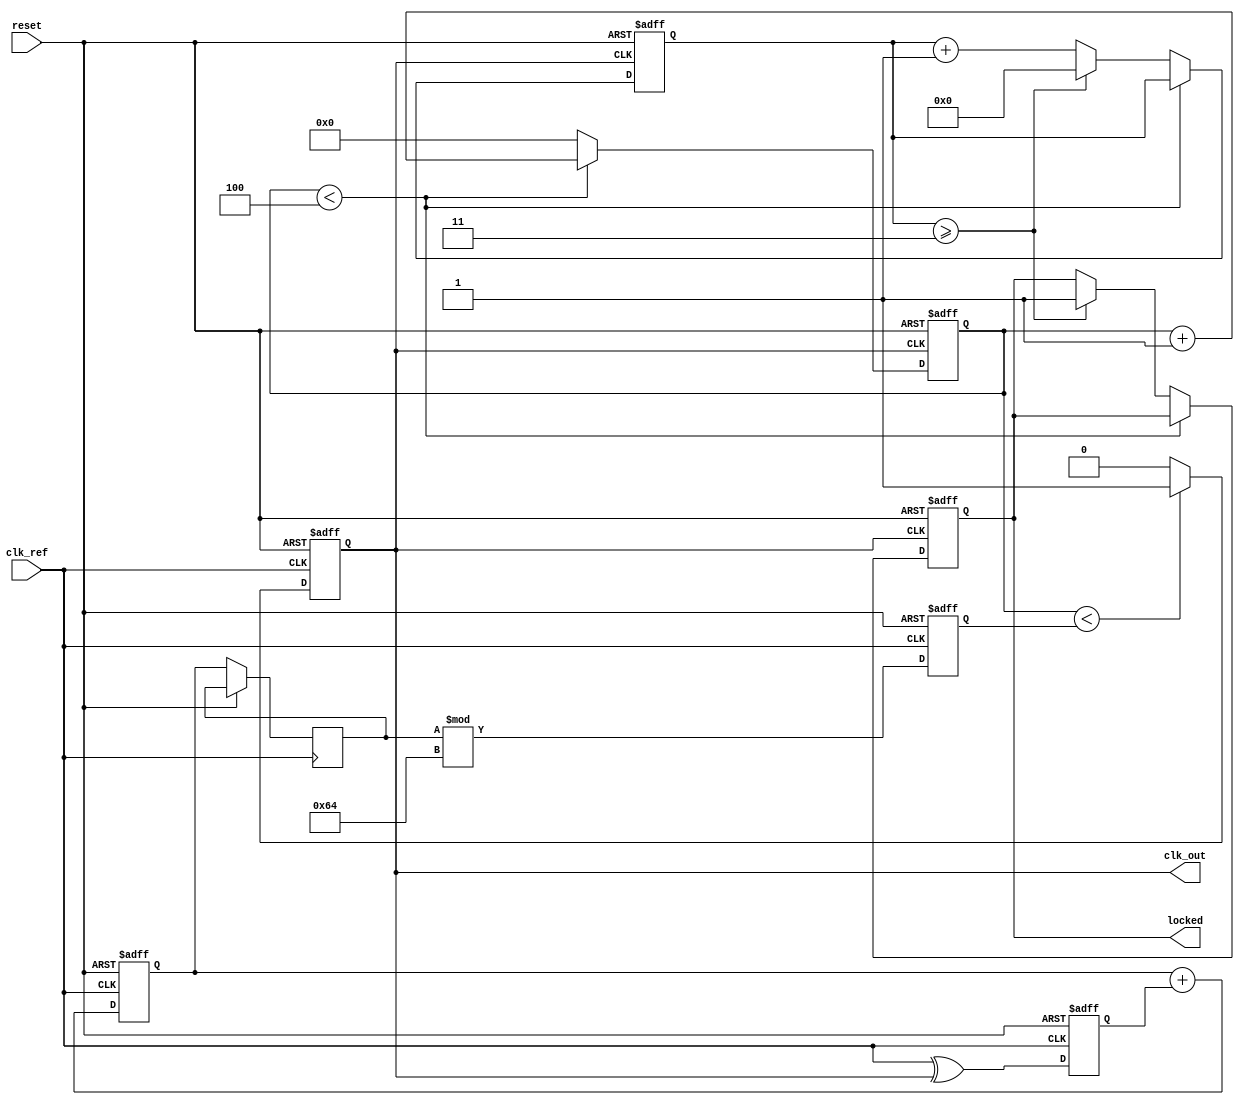
module frac_n_pll (
    input wire clk_ref,          // Reference clock input
    input wire reset,            // Reset signal
    output reg clk_out,          // Output clock
    output reg locked            // Lock indicator
);

    // Parameters for PLL
    parameter N_INT = 4;         // Integer division factor
    parameter N_FRAC = 3;        // Fractional division factor
    parameter N_FRAC_BITS = 8;   // Number of bits for fractional part
    parameter VCO_MAX_FREQ = 100; // Max VCO frequency (arbitrary units)
    
    // Internal signals
    reg [N_FRAC_BITS-1:0] frac_counter; // Counter for fractional division
    reg [N_FRAC_BITS-1:0] frac_div;      // Fractional division value
    reg [N_INT-1:0] int_counter;          // Integer division counter
    reg [31:0] vco_freq;                  // VCO frequency
    reg [31:0] control_voltage;           // Control voltage for VCO
    reg phase_error;                      // Phase error signal
    reg [31:0] loop_filter;               // Loop filter output

    // Phase Detector (simple XOR for demonstration)
    always @(posedge clk_ref or posedge reset) begin
        if (reset) begin
            phase_error <= 0;
        end else begin
            // Simulate phase detection logic (placeholder)
            phase_error <= (clk_ref ^ clk_out);
        end
    end

    // Loop Filter (simple integrator for demonstration)
    always @(posedge clk_ref or posedge reset) begin
        if (reset) begin
            loop_filter <= 0;
        end else begin
            loop_filter <= loop_filter + phase_error; // Simple integrator
        end
    end

    // Voltage-Controlled Oscillator (VCO)
    always @(posedge clk_ref or posedge reset) begin
        if (reset) begin
            vco_freq <= 0;
            clk_out <= 0;
        end else begin
            control_voltage <= loop_filter; // Control voltage from loop filter
            vco_freq <= control_voltage % VCO_MAX_FREQ; // Limit VCO frequency
            // Generate output clock based on VCO frequency
            clk_out <= (int_counter < vco_freq) ? 1 : 0;
        end
    end

    // Frequency Divider (Fractional-N logic)
    always @(posedge clk_out or posedge reset) begin
        if (reset) begin
            int_counter <= 0;
            frac_counter <= 0;
            locked <= 0;
        end else begin
            // Integer division
            if (int_counter < N_INT) begin
                int_counter <= int_counter + 1;
            end else begin
                int_counter <= 0;
                // Fractional division logic
                frac_counter <= frac_counter + 1;
                if (frac_counter >= N_FRAC) begin
                    frac_counter <= 0;
                    locked <= 1; // Indicate locked state
                end
            end
        end
    end

endmodule